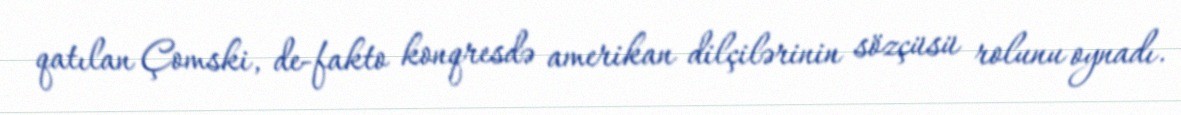
qatılan Çomski, de-fakto konqresdə amerikan dilçilərinin sözçüsü rolunu oynadı.